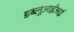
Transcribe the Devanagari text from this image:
डब्लूआईआई